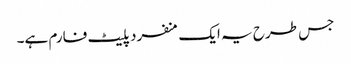
جس طرح یہ ایک منفرد پلیٹ فارم ہے۔